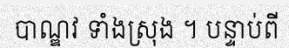
បាណ្ឌវ ទាំងស្រុង ។ បន្ទាប់ពី